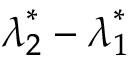
\boldsymbol { \lambda } _ { 2 } ^ { * } - \boldsymbol { \lambda } _ { 1 } ^ { * }